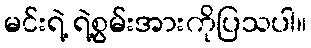
မင်းရဲ့ ရဲ့စွမ်းအားကိုပြသပါ။